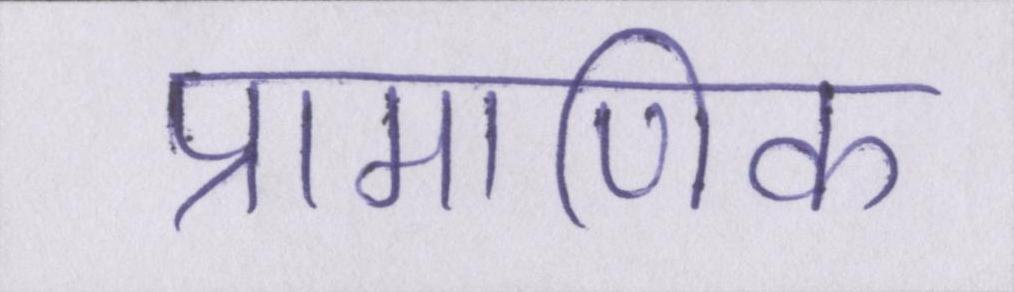
प्रामाणिक